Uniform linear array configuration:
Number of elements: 48
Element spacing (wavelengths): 0.75
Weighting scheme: cosine
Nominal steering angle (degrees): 30
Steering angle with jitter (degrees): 30.818
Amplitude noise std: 0.05
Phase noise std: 0.05

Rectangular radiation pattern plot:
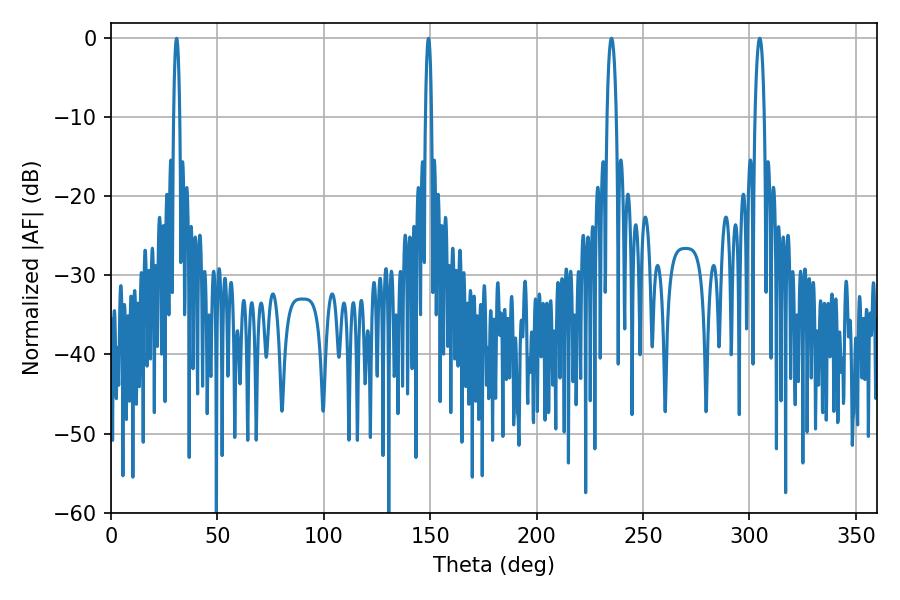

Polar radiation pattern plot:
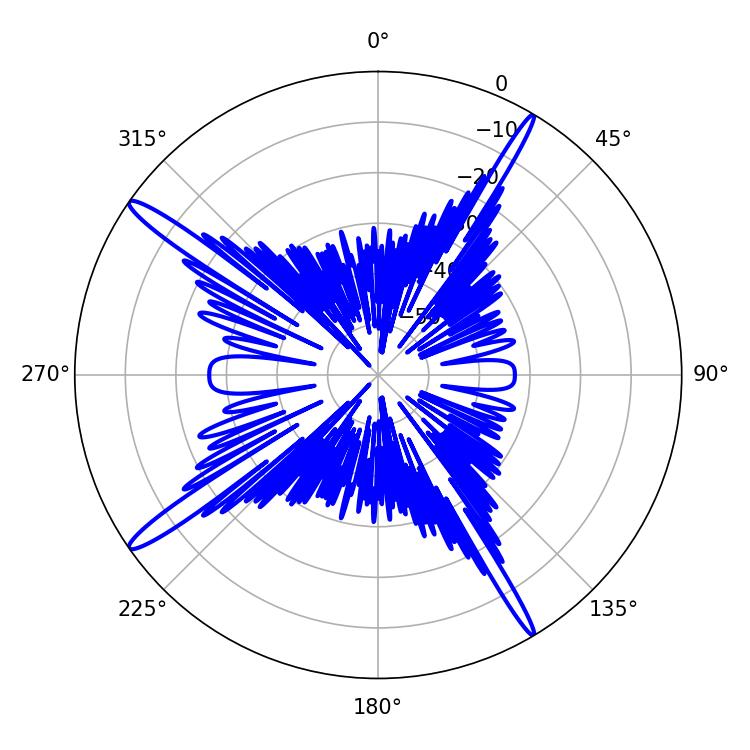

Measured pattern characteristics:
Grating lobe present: TRUE
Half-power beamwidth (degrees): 1.62
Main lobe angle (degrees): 30.78